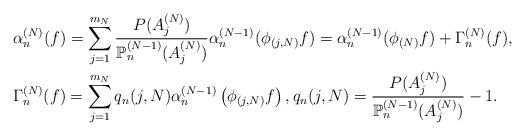
LaTeX: \begin{align*}& \alpha_{n}^{(N)}(f)=\sum_{j=1}^{m_{N}}\frac{P(A_{j}^{(N)})}{\mathbb{P}_{n}^{(N-1)}(A_{j}^{(N)})}\alpha_{n}^{(N-1)}(\phi_{(j,N)}f)=\alpha_{n}^{(N-1)}(\phi_{(N)}f)+\Gamma_{n}^{(N)}(f),\\& \Gamma_{n}^{(N)}(f)=\sum_{j=1}^{m_{N}}q_{n}(j,N)\alpha_{n}^{(N-1)}\left(\phi_{(j,N)}f\right) ,q_{n}(j,N)=\frac{P(A_{j}^{(N)})}{\mathbb{P}_{n}^{(N-1)}(A_{j}^{(N)})}-1.\end{align*}